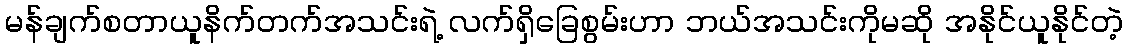
မန်ချက်စတာယူနိက်တက်အသင်းရဲ့ လက်ရှိခြေစွမ်းဟာ ဘယ်အသင်းကိုမဆို အနိုင်ယူနိုင်တဲ့